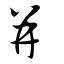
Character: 幷